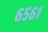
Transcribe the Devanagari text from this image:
६५६१